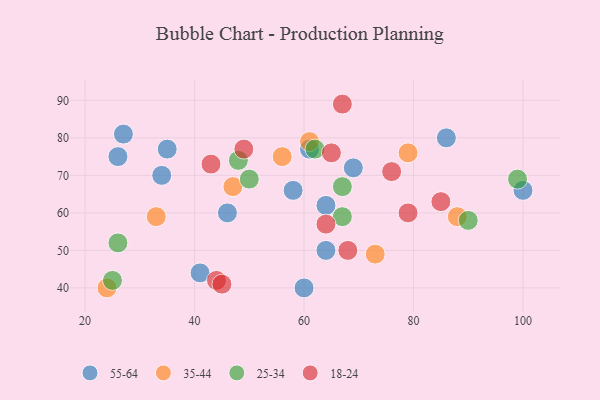
{"axis": {"x": "GDP", "y": "Life Expectancy"}, "legend": ["18-24", "25-34", "35-44", "55-64"], "data": [{"x": "100", "y": 66, "type": "55-64"}, {"x": "60", "y": 40, "type": "55-64"}, {"x": "64", "y": 62, "type": "55-64"}, {"x": "41", "y": 44, "type": "55-64"}, {"x": "35", "y": 77, "type": "55-64"}, {"x": "58", "y": 66, "type": "55-64"}, {"x": "34", "y": 70, "type": "55-64"}, {"x": "27", "y": 81, "type": "55-64"}, {"x": "64", "y": 50, "type": "55-64"}, {"x": "69", "y": 72, "type": "55-64"}, {"x": "26", "y": 75, "type": "55-64"}, {"x": "46", "y": 60, "type": "55-64"}, {"x": "86", "y": 80, "type": "55-64"}, {"x": "61", "y": 77, "type": "55-64"}, {"x": "88", "y": 59, "type": "35-44"}, {"x": "73", "y": 49, "type": "35-44"}, {"x": "79", "y": 76, "type": "35-44"}, {"x": "33", "y": 59, "type": "35-44"}, {"x": "61", "y": 79, "type": "35-44"}, {"x": "24", "y": 40, "type": "35-44"}, {"x": "56", "y": 75, "type": "35-44"}, {"x": "47", "y": 67, "type": "35-44"}, {"x": "48", "y": 74, "type": "25-34"}, {"x": "67", "y": 59, "type": "25-34"}, {"x": "67", "y": 67, "type": "25-34"}, {"x": "90", "y": 58, "type": "25-34"}, {"x": "62", "y": 77, "type": "25-34"}, {"x": "50", "y": 69, "type": "25-34"}, {"x": "99", "y": 69, "type": "25-34"}, {"x": "26", "y": 52, "type": "25-34"}, {"x": "25", "y": 42, "type": "25-34"}, {"x": "68", "y": 50, "type": "18-24"}, {"x": "76", "y": 71, "type": "18-24"}, {"x": "65", "y": 76, "type": "18-24"}, {"x": "44", "y": 42, "type": "18-24"}, {"x": "43", "y": 73, "type": "18-24"}, {"x": "49", "y": 77, "type": "18-24"}, {"x": "45", "y": 41, "type": "18-24"}, {"x": "67", "y": 89, "type": "18-24"}, {"x": "64", "y": 57, "type": "18-24"}, {"x": "85", "y": 63, "type": "18-24"}, {"x": "79", "y": 60, "type": "18-24"}]}